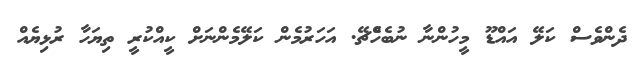
ދެންވެސް ކަލޭ އައްޑޫ މީހުންނާ ނުބެހެްޗޭ. އަހަރުމެން ކަލޭމެންނަށް ކީއްކުރީ ތިޔަހާ ރުޅިޔެއް